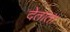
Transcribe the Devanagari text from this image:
देताता